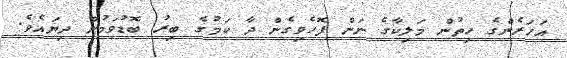
އަހަރެންގެ ހިތުން މަލިކާގެ ނަން ފޮހެވިގެން ދާ ކަމުގެ ބިރު ބޮޑުވަމުން ދިޔައެވެ.